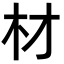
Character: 材